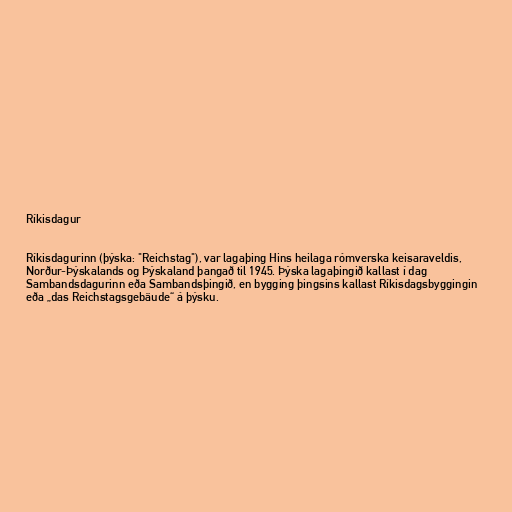
Ríkisdagur

Ríkisdagurinn (þýska: "Reichstag"), var lagaþing Hins heilaga rómverska keisaraveldis,
Norður-Þýskalands og Þýskaland þangað til 1945. Þýska lagaþingið kallast í dag
Sambandsdagurinn eða Sambandsþingið, en bygging þingsins kallast Ríkisdagsbyggingin
eða „das Reichstagsgebäude“ á þýsku.